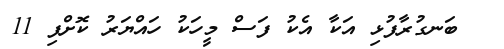
ބަނގުރާފުޅި އަކާ އެކު ފަސް މީހަކު ހައްޔަރު ކޮށްފި 11